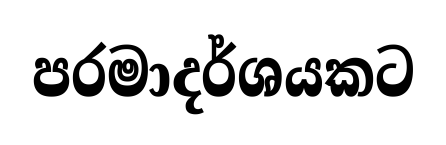
පරමාදර්ශයකට